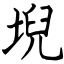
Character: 堄